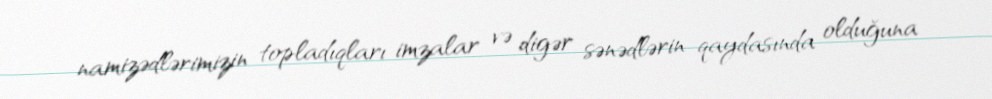
namizədlərimizin topladıqları imzalar və digər sənədlərin qaydasında olduğuna